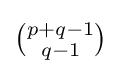
{\tbinom {p+q-1}{q-1}}